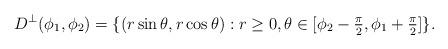
LaTeX: \begin{align*}D^\perp(\phi_1, \phi_2)=\{ (r \sin\theta, r \cos\theta) : r \geq 0, \theta \in [\phi_2 - \tfrac{\pi}{2}, \phi_1 + \tfrac{\pi}{2}] \}.\end{align*}